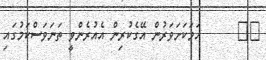
٤٥      ހަމަކަށަވަރުން އޭގެކުރިން އެއުރެންވީ ތަނަވަސްކަމުގައި